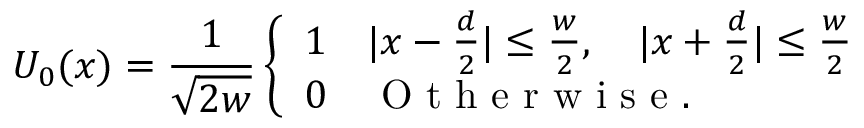
U _ { 0 } ( x ) = \frac { 1 } { \sqrt { 2 w } } \left\{ \begin{array} { l l } { 1 } & { | x - \frac { d } { 2 } | \leq \frac { w } { 2 } , \quad | x + \frac { d } { 2 } | \leq \frac { w } { 2 } } \\ { 0 } & { \mathrm { ~ O ~ t ~ h ~ e ~ r ~ w ~ i ~ s ~ e ~ } . } \end{array} \right.